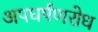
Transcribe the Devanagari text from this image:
अपघर्षंणरोध